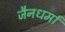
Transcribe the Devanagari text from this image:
जैनधर्मा